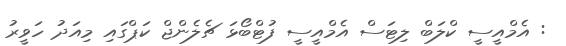
: އެމްއީސީ ކްލަބް ލިޓަސް އެމްއީސީ ފުޓްބޯޅަ ޗެލެންޖް ކަޕްގައި މިއަދު ހަވީރު